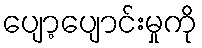
ပျော့ပျောင်းမှုကို